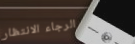
الرجاء الانتظار